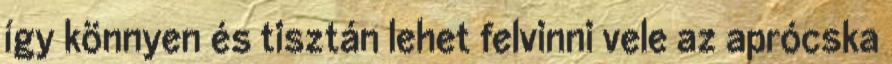
így könnyen és tisztán lehet felvinni vele az aprócska